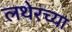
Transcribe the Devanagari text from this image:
लथेरच्या